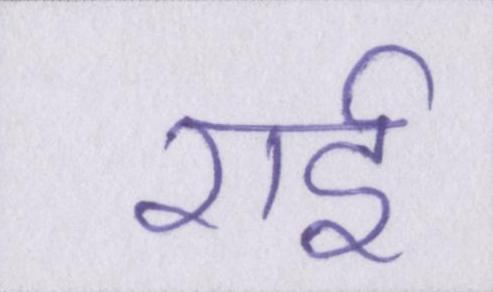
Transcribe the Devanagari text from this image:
राई